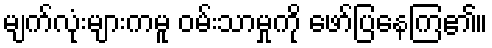
မျက်လုံးများကမူ ဝမ်းသာမှုကို ဖော်ပြနေကြ၏။